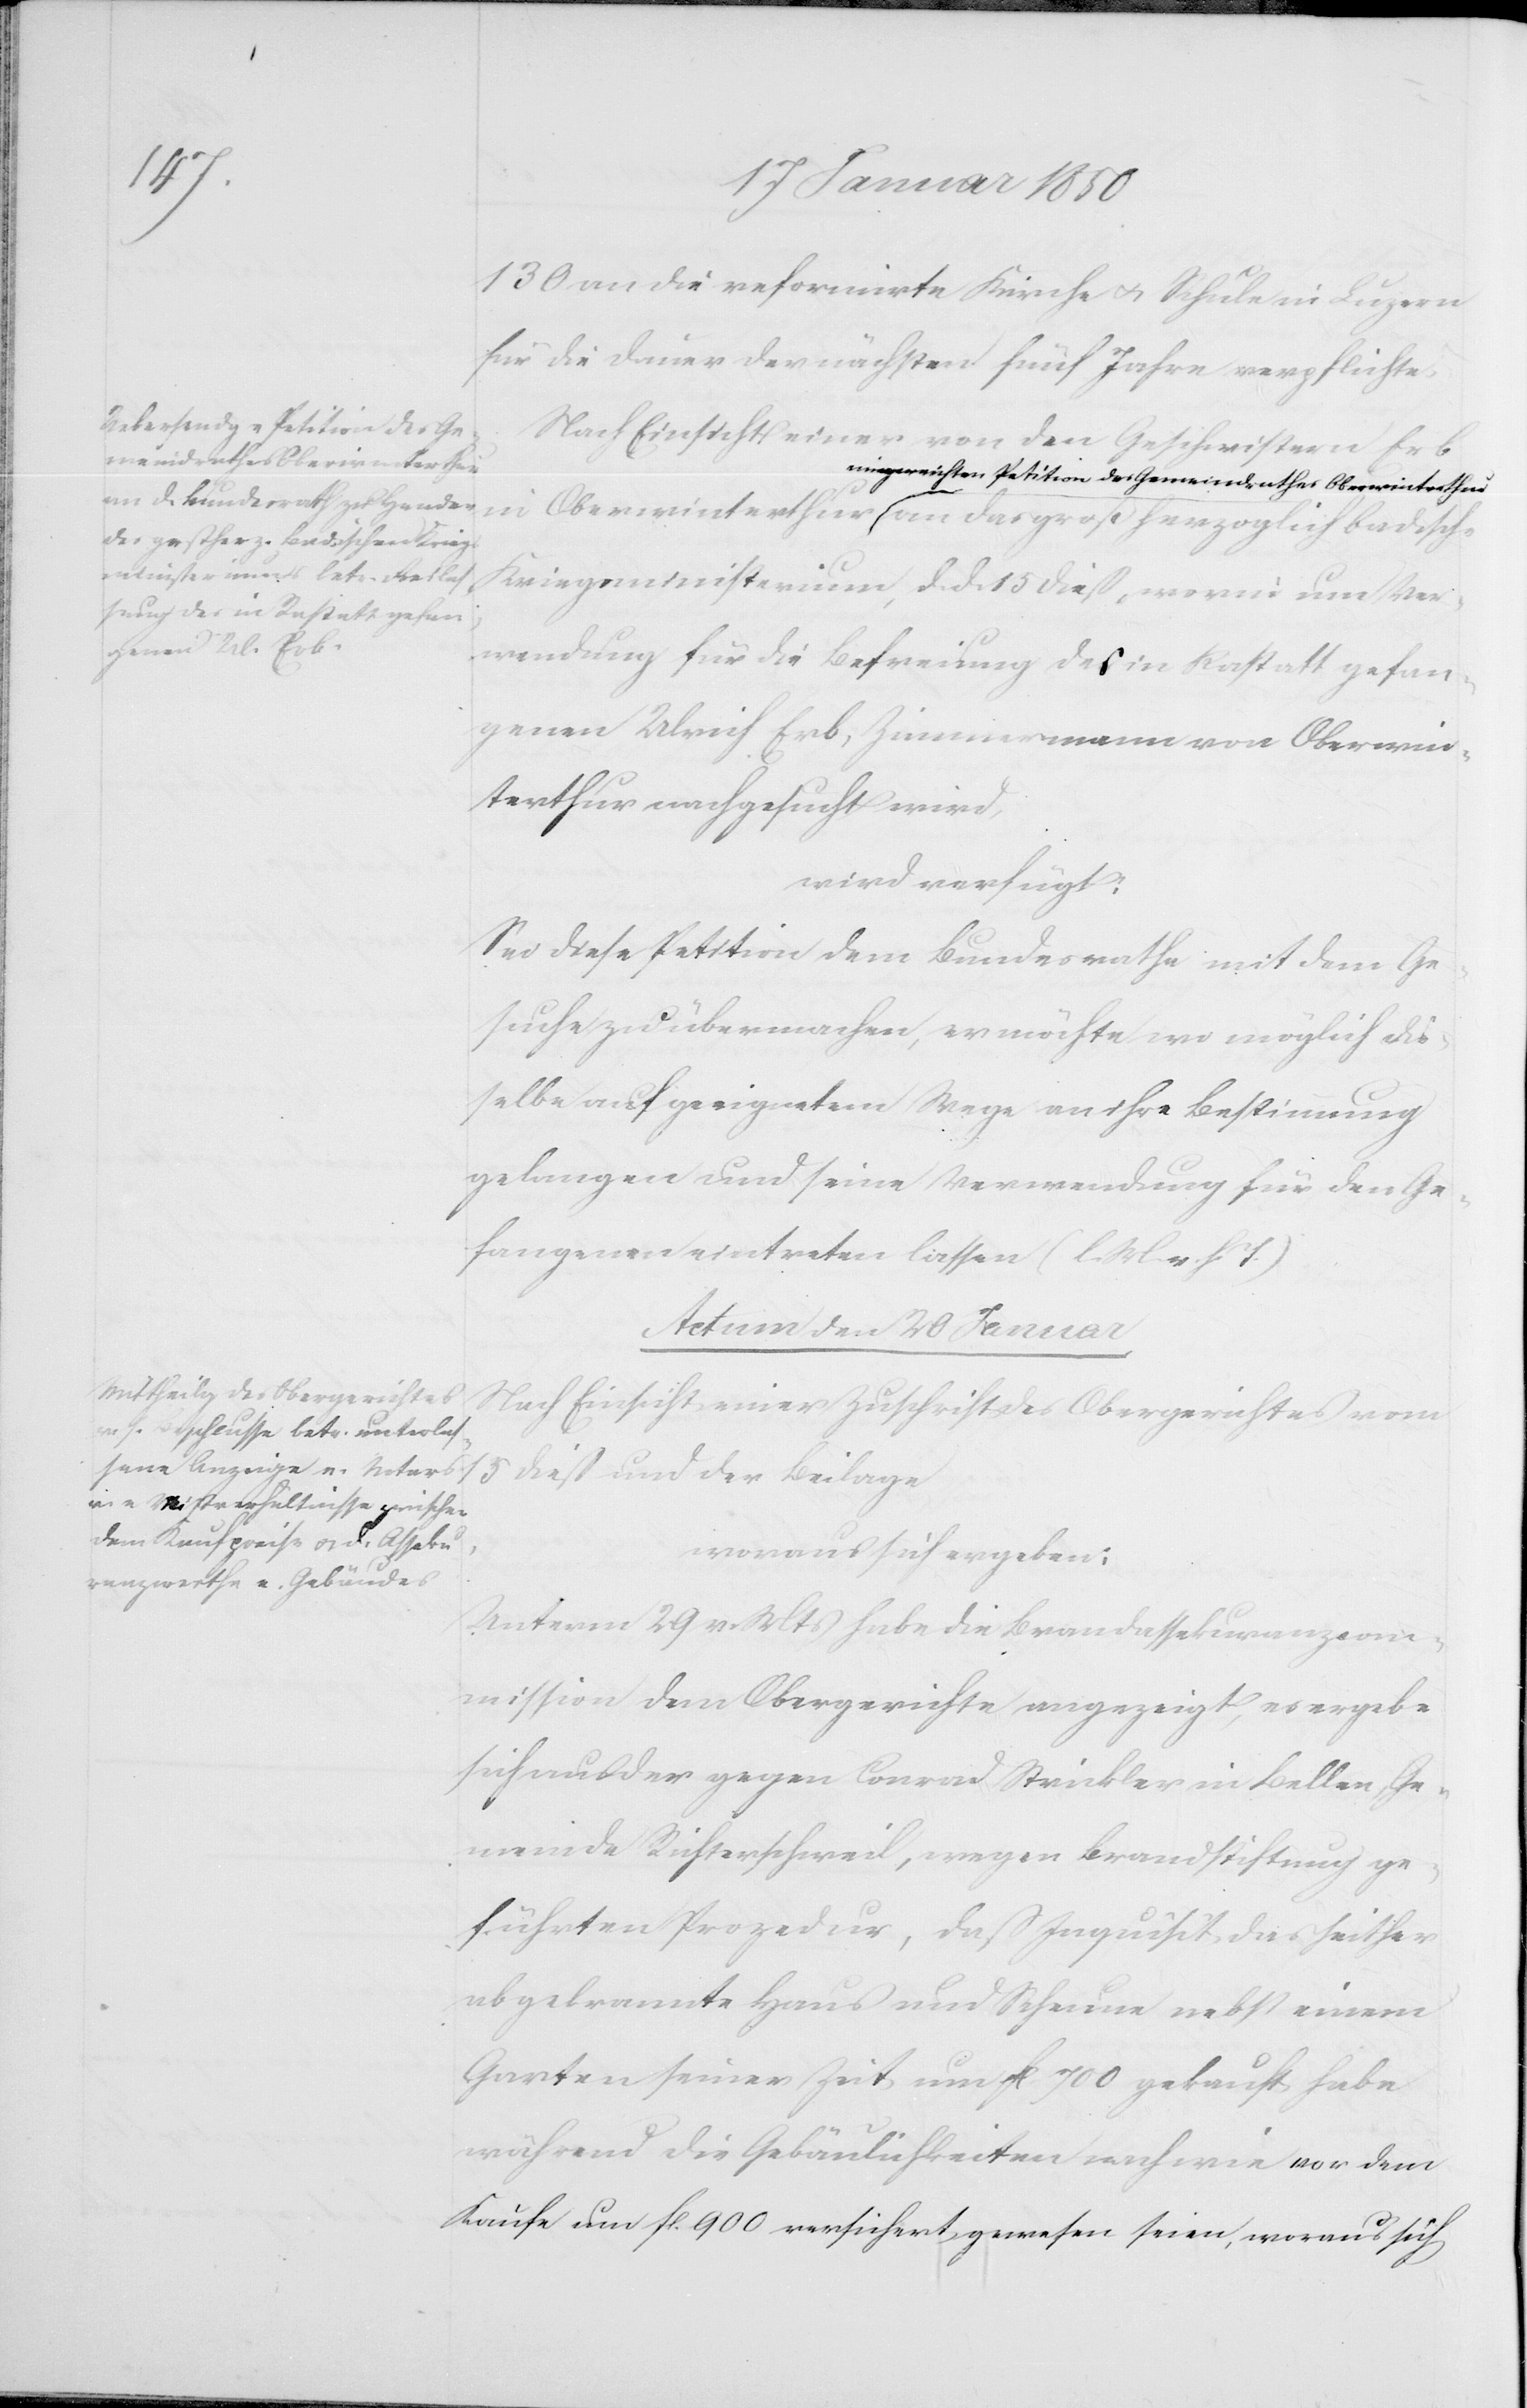
130 an die reformirte Kirche u. Schule in Luzern
für die Dauer der nächsten fünf Jahre verpflichte.
Nach Einsicht einer von den Geschwistern Erb
eingereichten Petition des Gemeindrathes Oberwinterthur an
Kriegsministerium, d. d. 15 dieß, worin um Ver¬
wendung für die Befreiung des in Rastatt gefan¬
genen Ulrich Erb, Zimmermann von Oberwin¬
terthur nachgesucht wird,
wird verfügt:
Sei diese Petition dem Bundesrathe mit dem Ge¬
suche zu übermachen, er möchte wo möglich die¬
selbe auf geeignetem Wege an ihre Bestimmung
gelangen und seine Verwendung für den Ge¬
fangenen eintreten lassen (l. M. v. h. T.)
Actum den 20 Januar
Nach Einsicht einer Zuschrift des Obergerichtes vom
15 dieß und der Beilage
woraus sich ergeben:
Unterm 29 v. Mts habe die Brandassekuranzcom¬
mission dem Obergerichte angezeigt, es ergebe
sich aus der gegen Conrad Strickler in Bellen, Ge¬
meinde Richterschweil, wegen Brandstiftung ge¬
führten Prozedur, daß Inquisit das seither
abgebrannte Haus und Scheune nebst einem
Garten seiner Zeit um fl 700 gekauft habe
während die Gebäulichkeiten nach wie vor dem
Kaufe um fl 900 versichert gewesen seien, woraus sich